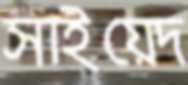
সাইয়েদ